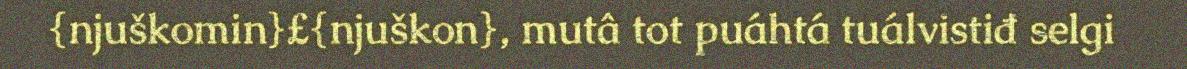
{njuškomin}£{njuškon}, mutâ tot puáhtá tuálvistiđ selgi